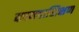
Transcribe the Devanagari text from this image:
कायदाशिक्षण